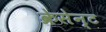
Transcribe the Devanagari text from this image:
क्रेसेन्ट